Annual administration and progress report of the Indian Medical Department, Bombay
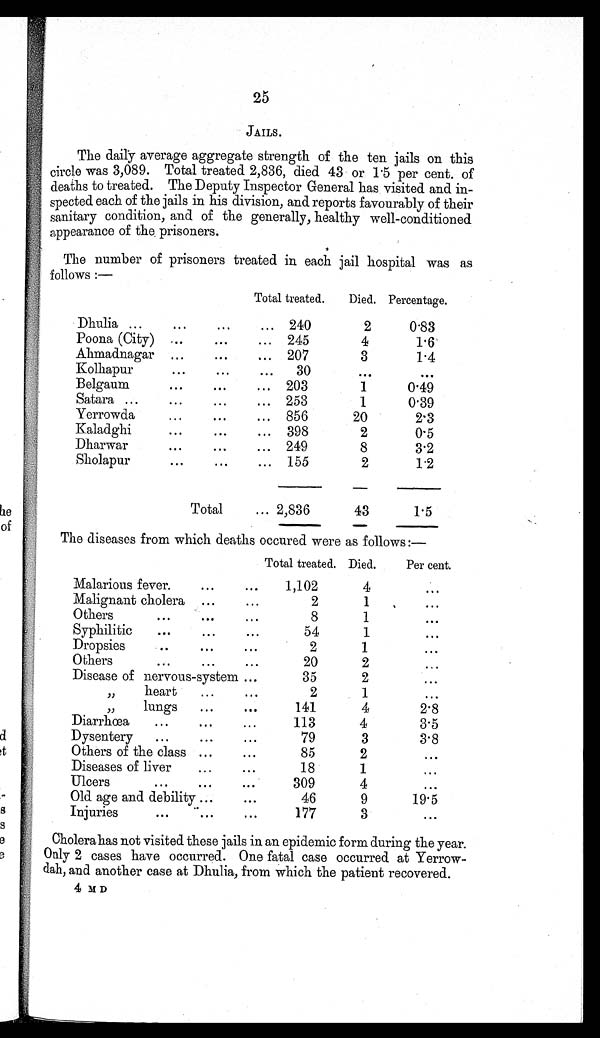
25
JAILS.
The daily average aggregate strength of the ten jails on this
circle was 3,089. Total treated 2,836, died 43 or 1.5 per cent. of
deaths to treated. The Deputy Inspector General has visited and in-
spected each of the jails in his division, and reports favourably of their
sanitary condition, and of the generally, healthy well-conditioned
appearance of the prisoners.
The number of prisoners treated in each jail hospital was as
follows:—
Total treated. Died. Percentage.
Dhulia ... ... ... ... 240
2
0.83
Poona (City) . . .
... ... 245
4
1.6
Ahmadnagar
... . . .
... 207
3
1.4
Kolhapur
... ... ...
3 0
...
. . .
Belgaum
... ... ...
203
1
0.49
Satara ... ... ... ... 253
1
0.39
Yerrowda
... ... ... 856
20
2.3
Kaladghi
... ... ... 398
2
0.5
Dharwar
... ... ... 249
8
3.2
Sholapur
... ... ... 155
2
1.2
Total
... 2,836
43
1.5
The diseases from which deaths occured were as follows:—
Total treated. Died. Per cent.
Malarious fever. ... ... 1,102
4
...
Malignant cholera ... ...
2
1
...
Others
... ... ...
8
1
...
Syphilitic ... ... ...
54
1
...
Dropsies ... ... ...
2
1
...
Others
... ... ...
20
2
...
Disease of nervous-system ...
35
2
...
„ heart ...
...
2
1
...
„ lungs ... ...
141
4
2.8
Diarrhœa ... ... ...
113
4
3.5
Dysentery ... ... ...
79
3
3.8
Others of the class ... ...
85
2
...
Diseases of liver ... ...
18
1
...
Ulcers
... ... ...
309
4
...
Old age and debility ... ...
46
9
19.5
Injuries
... ... ...
177
3
...
Cholera has not visited these jails in an epidemic form during the year.
Only 2 cases have occurred. One fatal case occurred at Yerrow-
dah, and another case at Dhulia, from which the patient recovered.
4 M D